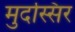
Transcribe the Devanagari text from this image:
मुदस्सिर